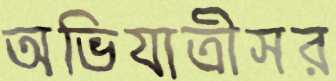
অভিযাত্রীসর